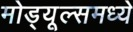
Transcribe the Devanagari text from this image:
मोड्यूल्समध्ये